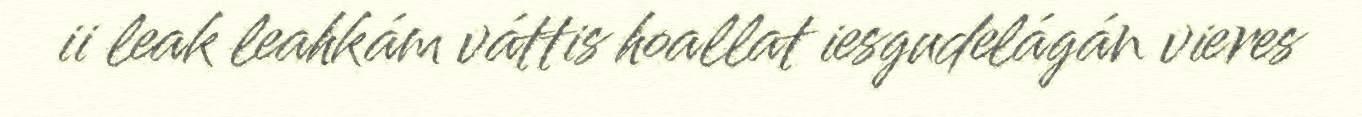
ii leak leahkám váttis hoallat iesgudelágán vieres